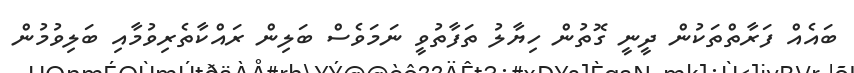
ބައެއް ފަރާތްތަކުން ދީނީ ގޮތުން ހިޔާލު ތަފާތުވީ ނަމަވެސް ބަލިން ރައްކާތެރިވުމާއި ބަލިވުމުން